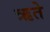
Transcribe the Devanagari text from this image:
ऋते